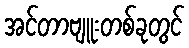
အင်တာဗျူးတစ်ခုတွင်